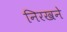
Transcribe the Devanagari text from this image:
निरखने